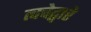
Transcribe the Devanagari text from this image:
त्वचेद्वारे